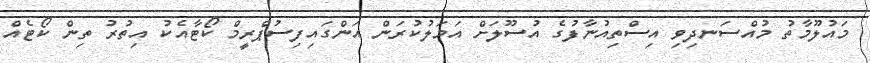
މައުލޫމާތު މުއްސަނދިވި އިސްތިއުނާފުގެ އުސޫލަށް އަމަލުކުރަން އަންގައިފިސުޕްރީމް ކޯޓާއެކު އިތުރު ތިން ކޯޓެއް